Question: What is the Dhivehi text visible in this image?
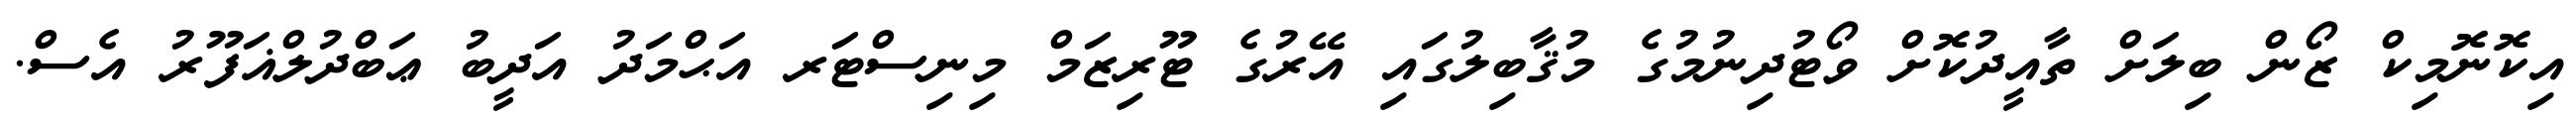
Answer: އިކޮނޮމިކް ޒޯން ބިލަށް ތާއީދުކޮށް ވޯޓުދިނުމުގެ މުޤާބިލުގައި އޭރުގެ ޓޫރިޒަމް މިނިސްޓަރ އަޙްމަދު އަދީބު ޢަބްދުލްޣަފޫރު އެސް.